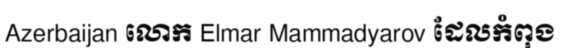
Azerbaijan លោក Elmar Mammadyarov ដែលកំពុង